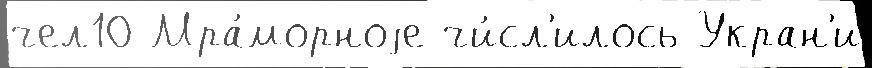
чел10 Мра́морноjе чи́сл'илось Укран'и